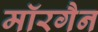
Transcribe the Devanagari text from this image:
मॉरगैन